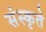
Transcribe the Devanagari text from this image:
संस्कृते